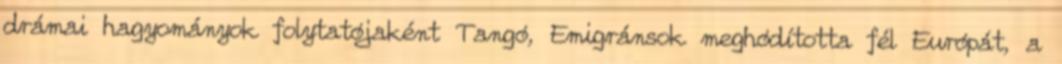
drámai hagyományok folytatójaként Tangó, Emigránsok meghódította fél Európát, a